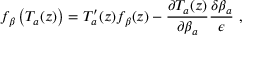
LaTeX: f _ { \beta } \left( T _ { a } ( z ) \right) = T _ { a } ^ { \prime } ( z ) f _ { \beta } ( z ) - \frac { \partial T _ { a } ( z ) } { \partial \beta _ { a } } \frac { \delta \beta _ { a } } { \epsilon } \ ,